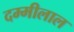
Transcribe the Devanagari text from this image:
दम्मीलाल